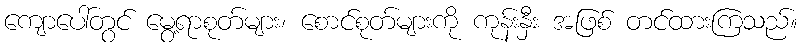
ကျောပေါ်တွင် မွေ့ရာစုတ်များ၊ စောင်စုတ်များကို ကုန်းနှီး အဖြစ် တင်ထားကြသည်။